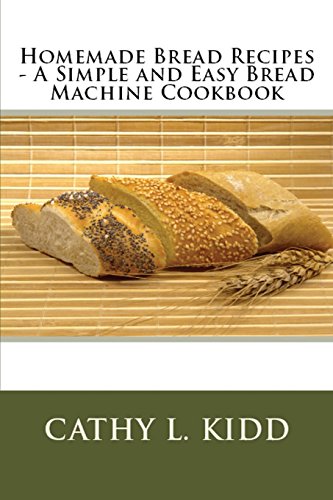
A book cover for Homemade Bread Recipes - A Simple and Easy Bread Machine Cookbook; Cathy Kidd; Cookbooks, Food & Wine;